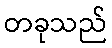
တခုသည်